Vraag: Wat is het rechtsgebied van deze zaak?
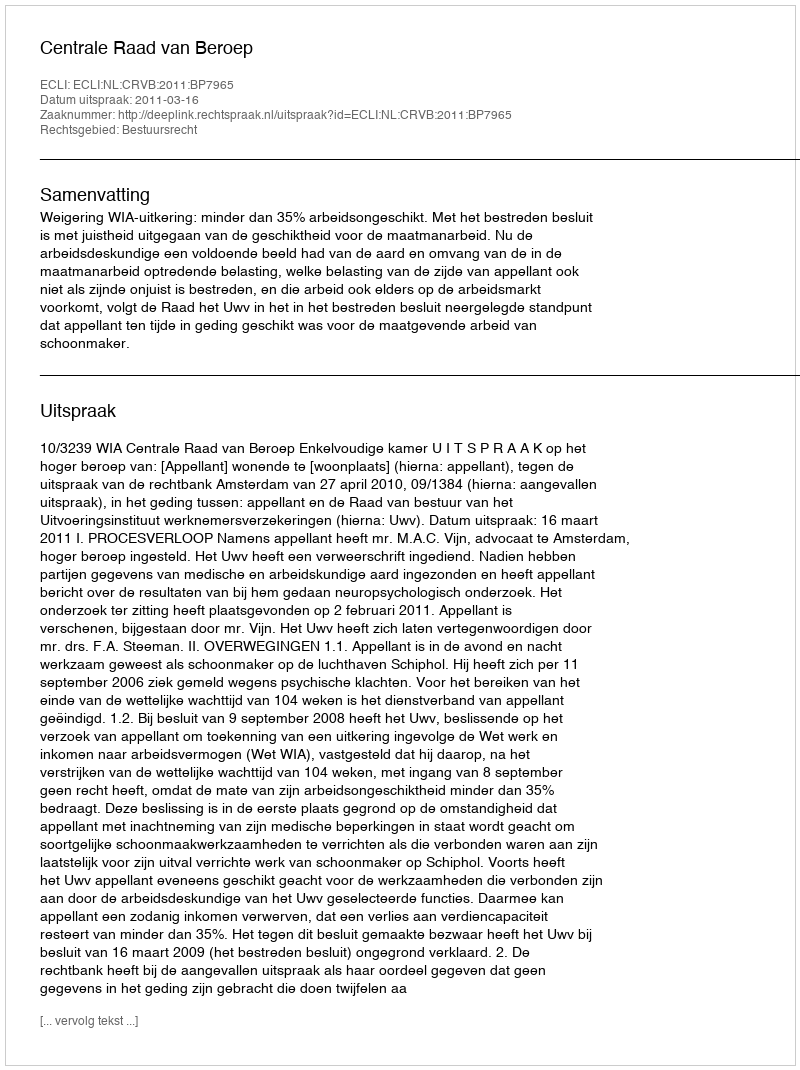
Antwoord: Bestuursrecht